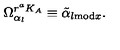
\Omega _ { \alpha _ { l } } ^ { r ^ { a } K _ { A } } \equiv \tilde { \alpha } _ { l \mathrm { m o d } x } .